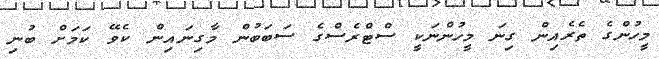
މީހުންގެ ތެރެއިން ގިނަ މީހުންނަކީ ސްޓްރެސްގެ ސަބަބުން މާގިނައިން ކެވޭ ކަމަށް ބުނި